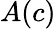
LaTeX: A(c)